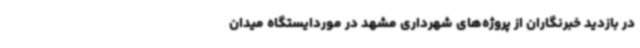
در بازدید خبرنگاران از پروژه‌های شهرداری مشهد در موردایستگاه میدان